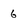
Character: 6